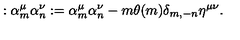
: \alpha _ { m } ^ { \mu } \alpha _ { n } ^ { \nu } : = \alpha _ { m } ^ { \mu } \alpha _ { n } ^ { \nu } - m \theta ( m ) \delta _ { m , - n } \eta ^ { \mu \nu } { . }